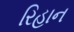
રિહાન